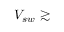
V _ { s w } \gtrsim